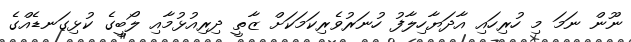
ނޫން ނަމަ މި ހުރިހައި އާދަޔާހިލާފު ހުނަރުވެރިކަމަކަށް ޒާތީ ދިރިއުޅުމާއި ލޯބީގެ ކުޅިގަނޑެއްގެ